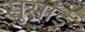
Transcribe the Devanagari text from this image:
सुसाँई